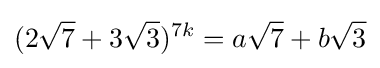
(2{\sqrt {7}}+3{\sqrt {3}})^{7k}=a{\sqrt {7}}+b{\sqrt {3}}